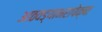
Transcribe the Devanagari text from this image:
आठवड्याभरापेक्षा